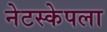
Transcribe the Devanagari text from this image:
नेटस्केपला